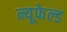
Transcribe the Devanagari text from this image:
न्यूफेल्ड